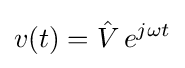
v(t)={\hat {V}}\,e^{j\omega t}